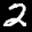
Label: 2